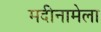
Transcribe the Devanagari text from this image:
मदीनामेला